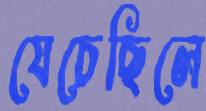
যেচেছিলে